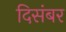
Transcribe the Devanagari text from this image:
दिसंबर